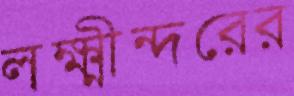
লক্ষ্মীন্দরের